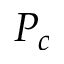
P _ { c }